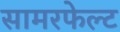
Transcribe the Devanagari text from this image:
सामरफेल्ट